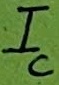
Text: IC